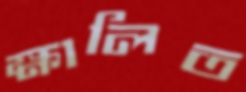
ক্ষালিত